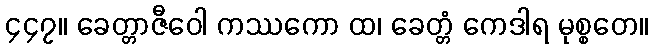
၄၄၇။ ခေတ္တာဇီဝေါ ကဿကော ထ၊ ခေတ္တံ ကေဒါရ မုစ္စတေ။